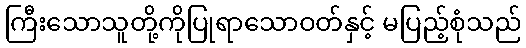
ကြီးသောသူတို့ကိုပြုရာသောဝတ်နှင့် မပြည့်စုံသည်